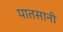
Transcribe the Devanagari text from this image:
पातसानी